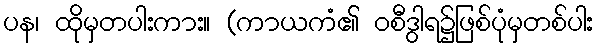
ပန၊ ထိုမှတပါးကား။ (ကာယကံ၏ ဝစီဒွါရ၌ဖြစ်ပုံမှတစ်ပါး